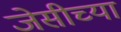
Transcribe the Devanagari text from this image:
जेसीच्या